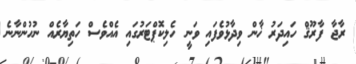
ރާޖާ ފާރޫޤް ހައިދަރު ޚާން ވިދާޅުވެފައި ވަނީ ހެލިކޮޕްޓަރުގައި އެއްވެސް ހަތިޔާރެއް ނުހުންނާނެ